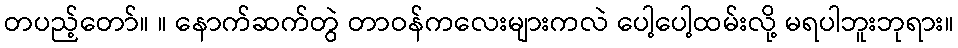
တပည့်တော်။ ။ နောက်ဆက်တွဲ တာဝန်ကလေးများကလဲ ပေါ့ပေါ့ထမ်းလို့ မရပါဘူးဘုရား။